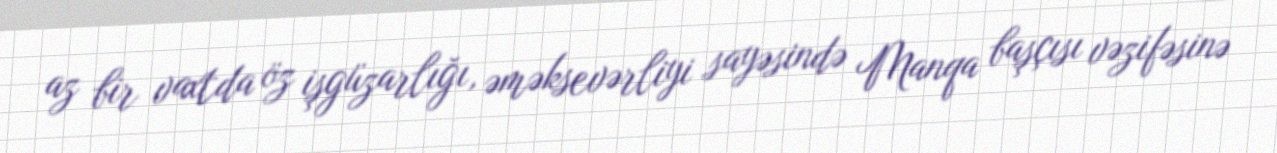
az bir vaxtda öz işgüzarlığı, əməksevərliyi sayəsində Manqa başçısı vəzifəsinə